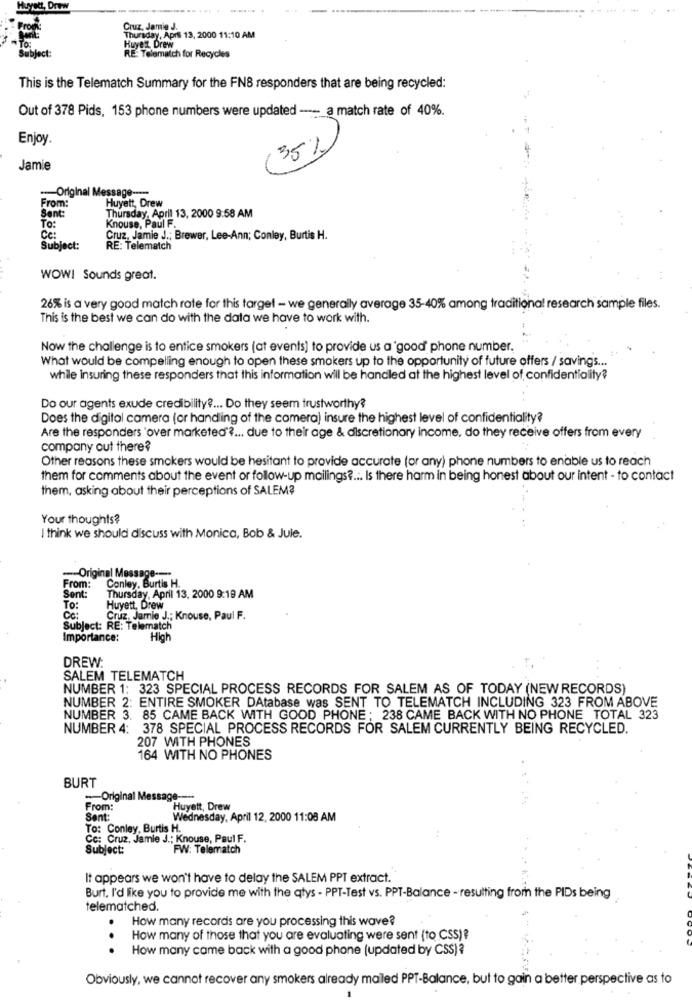
Huyset, Drew
............
Cruz. Jamie J.
Thursday, April 13, 2000 11:10 AM
Huye z, Drew
Subject:
RE: Tolematch for Recycles
This is the Telematch Summary for the FNS responders that are being recycled:
Out of 378 Pids, 153 phone numbers were updated --_ a match rate of 40%.
Enjoy.
35%
Jamie
-- Original Message ----
From:
Huyett, Drew
Sent:
Knouse, Paul F.
Thursday, April 13, 2000 9:58 AM
TO:
Ce:
Cruz, Jamie J .; Brewer, Lee-Ann; Conley, Burtis H.
Subject:
RE: Telematch
WOW! Sounds great.
26% is a very good match rate for this target - we generally average 35-40% among traditional research sample files.
This is the best we can do with the data we have to work with.
Now the challenge is to entice smokers (at events) to provide us a good' phone number.
What would be compelling enough to open these smokers up to the opportunity of future offers / savings ...
while insuring these responders that this information will be handled at the highest level of confidentiality?
Do our agents exude credibility ?... Do they seem trustworthy?
Does the digital camera (or handling of the comera) insure the highest level of confidentiality?
Are the responders 'over marketed" ?... due to their age & discretionary income. do they receive offers from every
company out there?
Other reasons these smokers would be hesitant to provide accurate (or any) phone numbers to enable us to reach
them for comments about the event or follow-up mailings ?... Is there harm in being honest about our intent - to contact
them, asking about their perceptions of SALEM?
Your thoughts?
I think we should discuss with Monica, Bob & Jule.
-- Original Message ---
From:
Conley, Burtis H.
Sent:
Thursday, April 13, 2000 9:19 AM
To:
Huyett, Drew
Cc:
Cruz, Jamie J .: Knouse, Paul F.
Subject: RE: Telematch
Importance:
High
DREW:
SALEM TELEMATCH
NUMBER 1: 323 SPECIAL PROCESS RECORDS FOR SALEM AS OF TODAY (NEW RECORDS)
NUMBER 2: ENTIRE SMOKER DAtabase was SENT TO TELEMATCH INCLUDING 323 FROM ABOVE
NUMBER 3. 85 CAME BACK WITH GOOD PHONE ; 238 CAME BACK WITH NO PHONE TOTAL 323
NUMBER 4: 378 SPECIAL PROCESS RECORDS FOR SALEM CURRENTLY BEING RECYCLED.
207 WITH PHONES
164 WITH NO PHONES
BURT
-- Original Message ----
From:
Huyett, Drew
Sent:
Wednesday, April 12, 2000 11:08 AM
To: Conley, Burtis H.
Cc: Cruz, Jamie J .; Knouse, Paul F.
Subject:
FW: Telematch
It appears we won't have to delay the SALEM PPT extract.
Burt, I'd like you to provide me with the qtys - PPT-Test vs. PPT-Balance - resulting from the PIDs being
telematched.
How many records are you processing this wave?
How many of those that you are evaluating were sent (to CSS) ?
. .
How many came back with a good phone (updated by CSS)?
Obviously, we cannot recover any smokers already mailed PPT-Balance, but to gain a better perspective as to